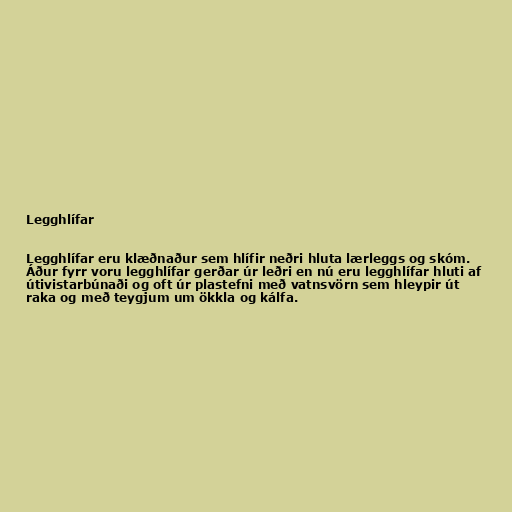
Legghlífar

Legghlífar eru klæðnaður sem hlífir neðri hluta lærleggs og skóm.
Áður fyrr voru legghlífar gerðar úr leðri en nú eru legghlífar hluti af
útivistarbúnaði og oft úr plastefni með vatnsvörn sem hleypir út
raka og með teygjum um ökkla og kálfa.